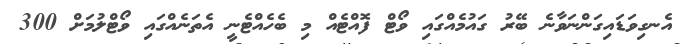
އެނގިވަޑައިގަންނަވާނެ ބޭރު ގައުމެއްގައި ވޯޓް ފޮއްޓެއްް މި ބެހެއްޓެނީ އެތަނެއްގައި ވޯޓްލުމަށް 300